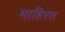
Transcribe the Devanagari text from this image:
माहिरत